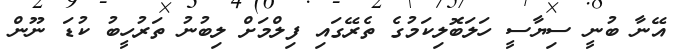
އޭނާ ބުނީ ސިޔާސީ ހަލަބޮލިކަމުގެ ތެރޭގައި ފިލްމަށް ލިބުނު ތަރުހީބު ކުޑަ ނޫން